Report on vaccination in Madras 1895-1903 - 1895-1903
Year: 1895
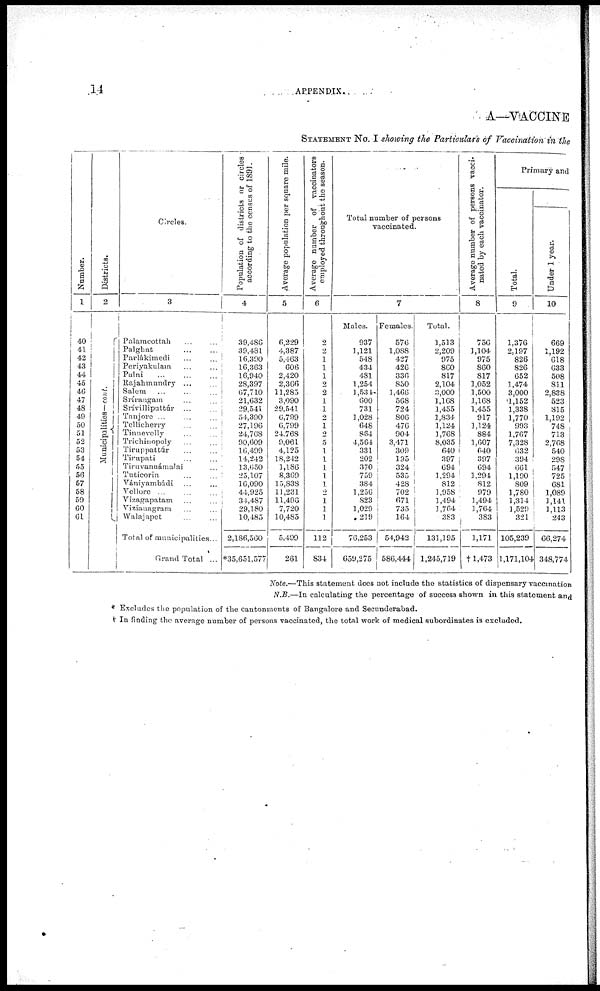
14
APPENDIX.
A— VACCINE
STATEMENT No. I showing the Particulars of Vaccination in the
Number.
1
40
41
42
43
44
45
46
47
43
49
50
51
52
53
54
55
56
57
58
50
60
61
Districts.
2
Municipalities— cont.
Circles.
3
Palamcottah
...
...
Palghat
...
...
Parlákimedi
...
...
Periyakulam
...
...
Palni
...
...
...
Rajahmundry
...
...
Salem
...
...
...
Srírangam
...
...
Srívilliputtúr
...
...
Tanjore
...
...
...
Tellicherry
...
...
Tinnevelly
...
...
Trichinopoly
...
...
Tiruppattúr
...
...
Tirupati
...
...
Tiruvannámalai
...
Tuticorin
...
...
Vániyambádi ... ...
Vellore ... ... ...
Vizagapatam ... ...
Vizianagram ... ...
Walajapet ... ...
Total of municipalities...
Grand Total ...
Population of districts or circles
according to the census of 1891.
4
39,486
39,481
16,390
16,363
16,940
28,397
67,710
21,632
29,541
54,390
27,196
24,768
90,609
16,499
14,242
13,650
25,107
16,090
44,925
34,487
29,180
10,485
2,186,560
*35,651,577
Average population per square mile.
5
6,229
4,387
5,463
606
2,420
2,366
11,285
3,090
29,541
6,799
6,799
24,768
9,061
4,125
18,242
1,186
8,369
15,838
11,231
11,496
7,720
10,485
5,499
261
Average number of vaccinators
employed throughout the season.
6
2
2
1
1
1
2
2
1
1
2
1
2
5
1
1
1
1
1
2
1
1
1
112
834
Total number of persons
vaccinated.
7
Males.
937
1,121
548
434
481
1,254
1,531
600
731
1,028
648
864
4,564
331
202
370
759
384
1,256
823
1,029
219
76,253
659,275
Females.
576
1,088
427
426
336
850
1,466
568
724
806
476
904
3,471
309
195
324
535
428
702
671
735
164
54,942
586,444
Total.
1,513
2,209
975
860
817
2,104
3,000
1,168
1,455
1,834
1,124
1,768
8,035
640
397
694
1,294
812
1,958
1,494
1,764
383
131,195
1,245,719
Average number of persons vacci-
nated by each vaccinator.
8
756
1,104
975
860
817
1,052
1,500
1,168
1,455
917
1,124
884
1,607
640
397
694
1,294
812
979
1,494
1,764
383
1,171
†1,473
Primary and
Total.
9
1,376
2,197
826
826
652
1,474
3,000
1,152
1,338
1,770
993
1,767
7,328
632
394
661
1,190
809
1,780
1,314
1,529
321
105,239
1,171,104
Under 1 year.
10
669
1,192
618
633
508
811
2,838
523
815
1,192
748
713
2,768
540
298
547
725
681
1,089
1,141
1,113
243
66,274
348,774
Note.—This statement does not include the statistics of dispensary vaccination
N.B.—In calculating the percentage of success shown in this statement and
* Excludes the population of the cantonments of Bangalore and Secunderabad.
† In finding the average number of persons vaccinated, the total work of medical subordinates is excluded.